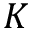
K